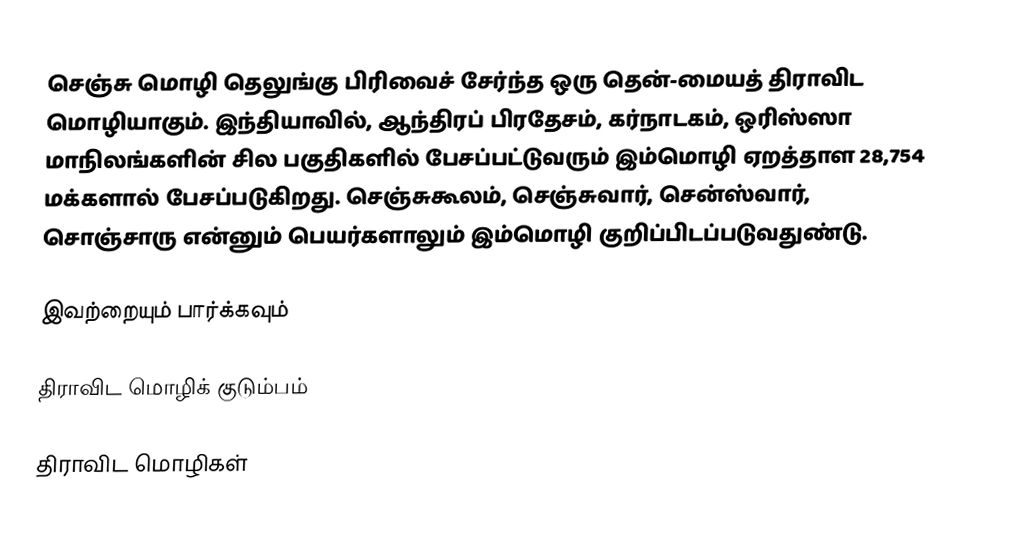
செஞ்சு மொழி தெலுங்கு பிரிவைச் சேர்ந்த ஒரு தென்-மையத் திராவிட மொழியாகும். இந்தியாவில், ஆந்திரப் பிரதேசம், கர்நாடகம், ஒரிஸ்ஸா மாநிலங்களின் சில பகுதிகளில் பேசப்பட்டுவரும் இம்மொழி ஏறத்தாள 28,754 மக்களால் பேசப்படுகிறது. செஞ்சுகூலம், செஞ்சுவார், சென்ஸ்வார், சொஞ்சாரு என்னும் பெயர்களாலும் இம்மொழி குறிப்பிடப்படுவதுண்டு.

இவற்றையும் பார்க்கவும்

 திராவிட மொழிக் குடும்பம்

திராவிட மொழிகள்